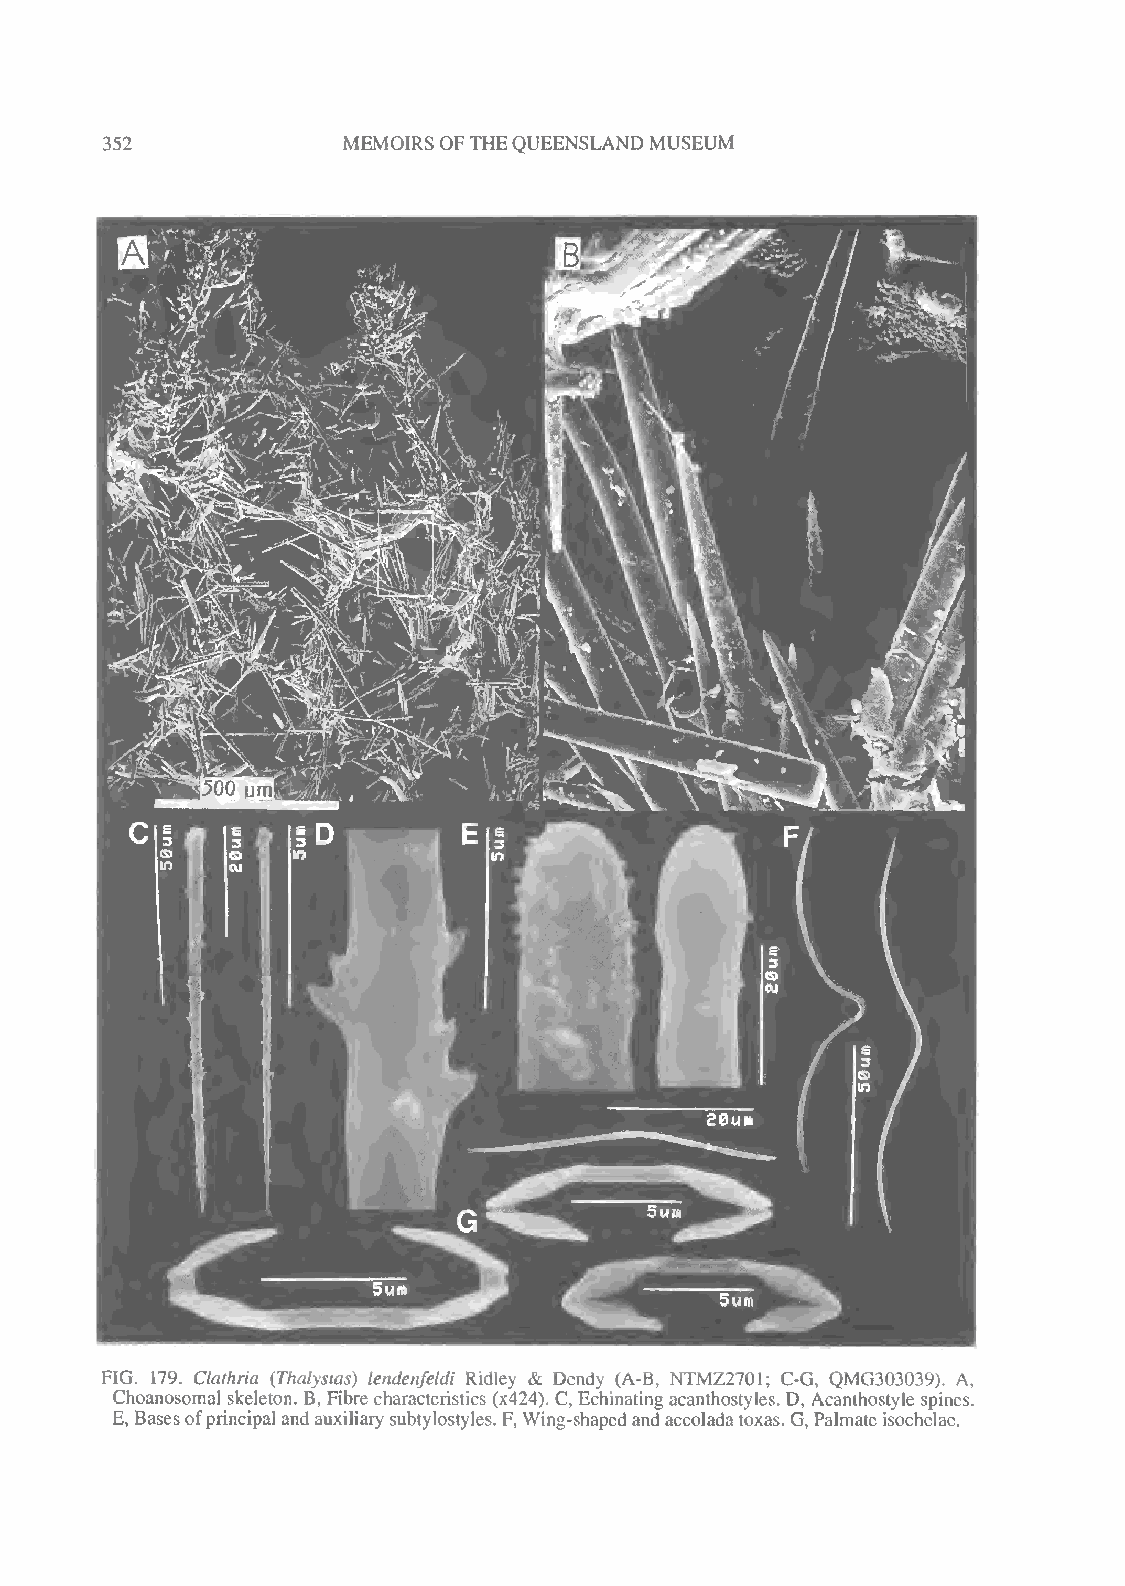
352             MEMOIRS OFTHEQUEENSLAND MUSEUM
 FIG. 179. Clathria (Thalysias) lendenfeldi Ridley & Dendy (A-B, NTMZ2701; C-G, QMG303039). A,
 Choanosomal skeleton. B, Fibre characteristics (x424). C, Echinating acanthostyles. D, Acanthostyle spines.
 E,Basesofprincipal and auxiliary subtylostyles. F, Wing-shaped and accoladatoxas. G, Palmate isochelae.